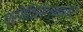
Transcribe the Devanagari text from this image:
प्रीतिसंगमावर